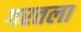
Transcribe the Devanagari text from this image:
गरतला